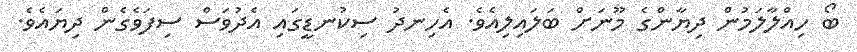
ބޯ ހިއްލާލަމުން ދިޔާންގެ މޫނަށް ބަލައިލިއެވެ. އެހިނދު ސިކުނޑީގައި އެދުވަސް ސިފަވެގެން ދިޔައެވެ.